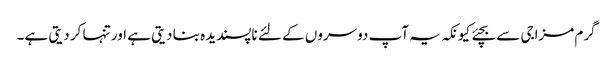
گرم مزاجی سے بچئے کیونکہ یہ آپ دوسروں کے لئے ناپسندیدہ بنا دیتی ہے اور تنہا کر دیتی ہے۔